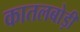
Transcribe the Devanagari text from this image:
कातलबोड़ी